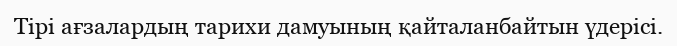
Тірі ағзалардың тарихи дамуының қайталанбайтын үдерісі.